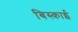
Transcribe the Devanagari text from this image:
बिस्काई